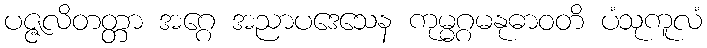
ပဇ္ဇလိတတ္တာ အဂ္ဂေ အညာပဒေသေန ကုမ္မဂ္ဂမနုဓာဝတိ ပံသုကူလံ